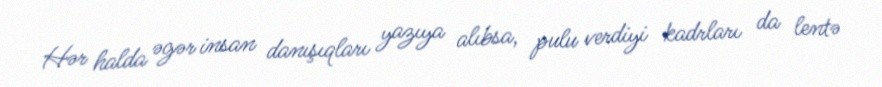
Hər halda əgər insan danışıqları yazıya alıbsa, pulu verdiyi kadrları da lentə